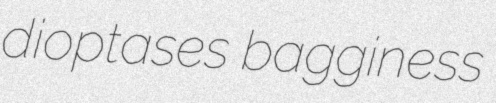
dioptases bagginess